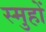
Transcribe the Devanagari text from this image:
स्मुहों